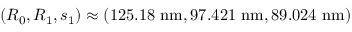
( R _ { 0 } , R _ { 1 } , s _ { 1 } ) \approx ( 1 2 5 . 1 8 \ \mathrm { n m } , 9 7 . 4 2 1 \ \mathrm { n m } , 8 9 . 0 2 4 \ \mathrm { n m } )